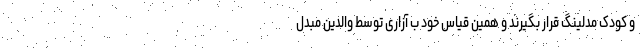
و کودک مدلینگ قرار بگیرند و همین قیاس خود ب آزاری توسط والدین مبدل